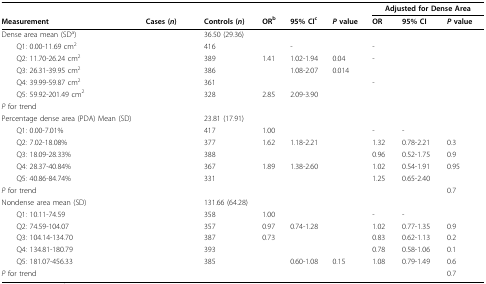
<table><thead><tr><td>[EMPTY_CELL]</td><td>[EMPTY_CELL]</td><td>[EMPTY_CELL]</td><td>[EMPTY_CELL]</td><td>[EMPTY_CELL]</td><td>[EMPTY_CELL]</td><td colspan="3"><b>Adjusted for Dense Area</b></td></tr><tr><td><b>Measurement</b></td><td><b>Cases (<i>n</i>)</b></td><td><b>Controls (<i>n</i>)</b></td><td><b>OR<sup>b</sup></b></td><td><b>95% CI<sup>c</sup></b></td><td><b><i>P </i>value</b></td><td><b>OR</b></td><td><b>95% CI</b></td><td><b><i>P </i>value</b></td></tr></thead><tbody><tr><td>Dense area mean (SD<sup>a</sup>)</td><td>[EMPTY_CELL]</td><td>36.50 (29.36)</td><td>[EMPTY_CELL]</td><td>[EMPTY_CELL]</td><td>[EMPTY_CELL]</td><td>[EMPTY_CELL]</td><td>[EMPTY_CELL]</td><td>[EMPTY_CELL]</td></tr><tr><td> Q1: 0.00-11.69 cm<sup>2</sup></td><td>[EMPTY_CELL]</td><td>416</td><td>[EMPTY_CELL]</td><td>-</td><td>[EMPTY_CELL]</td><td>-</td><td>[EMPTY_CELL]</td><td>[EMPTY_CELL]</td></tr><tr><td> Q2: 11.70-26.24 cm<sup>2</sup></td><td>[EMPTY_CELL]</td><td>389</td><td>1.41</td><td>1.02-1.94</td><td>0.04</td><td>-</td><td>[EMPTY_CELL]</td><td>[EMPTY_CELL]</td></tr><tr><td> Q3: 26.31-39.95 cm<sup>2</sup></td><td>[EMPTY_CELL]</td><td>386</td><td>[EMPTY_CELL]</td><td>1.08-2.07</td><td>0.014</td><td>[EMPTY_CELL]</td><td>[EMPTY_CELL]</td><td>[EMPTY_CELL]</td></tr><tr><td> Q4: 39.99-59.87 cm<sup>2</sup></td><td>[EMPTY_CELL]</td><td>361</td><td>[EMPTY_CELL]</td><td>[EMPTY_CELL]</td><td>[EMPTY_CELL]</td><td>-</td><td>[EMPTY_CELL]</td><td>[EMPTY_CELL]</td></tr><tr><td> Q5: 59.92-201.49 cm<sup>2</sup></td><td>[EMPTY_CELL]</td><td>328</td><td>2.85</td><td>2.09-3.90</td><td>[EMPTY_CELL]</td><td>[EMPTY_CELL]</td><td>[EMPTY_CELL]</td><td>[EMPTY_CELL]</td></tr><tr><td><i>P </i>for trend</td><td>[EMPTY_CELL]</td><td>[EMPTY_CELL]</td><td>[EMPTY_CELL]</td><td>[EMPTY_CELL]</td><td>[EMPTY_CELL]</td><td>[EMPTY_CELL]</td><td>[EMPTY_CELL]</td><td>[EMPTY_CELL]</td></tr><tr><td>Percentage dense area (PDA) Mean (SD)</td><td>[EMPTY_CELL]</td><td>23.81 (17.91)</td><td>[EMPTY_CELL]</td><td>[EMPTY_CELL]</td><td>[EMPTY_CELL]</td><td>[EMPTY_CELL]</td><td>[EMPTY_CELL]</td><td>[EMPTY_CELL]</td></tr><tr><td> Q1: 0.00-7.01%</td><td>[EMPTY_CELL]</td><td>417</td><td>1.00</td><td>[EMPTY_CELL]</td><td>[EMPTY_CELL]</td><td>-</td><td>-</td><td>[EMPTY_CELL]</td></tr><tr><td> Q2: 7.02-18.08%</td><td>[EMPTY_CELL]</td><td>377</td><td>1.62</td><td>1.18-2.21</td><td>[EMPTY_CELL]</td><td>1.32</td><td>0.78-2.21</td><td>0.3</td></tr><tr><td> Q3: 18.09-28.33%</td><td>[EMPTY_CELL]</td><td>388</td><td>[EMPTY_CELL]</td><td>[EMPTY_CELL]</td><td>[EMPTY_CELL]</td><td>0.96</td><td>0.52-1.75</td><td>0.9</td></tr><tr><td> Q4: 28.37-40.84%</td><td>[EMPTY_CELL]</td><td>367</td><td>1.89</td><td>1.38-2.60</td><td>[EMPTY_CELL]</td><td>1.02</td><td>0.54-1.91</td><td>0.95</td></tr><tr><td> Q5: 40.86-84.74%</td><td>[EMPTY_CELL]</td><td>331</td><td>[EMPTY_CELL]</td><td>[EMPTY_CELL]</td><td>[EMPTY_CELL]</td><td>1.25</td><td>0.65-2.40</td><td>[EMPTY_CELL]</td></tr><tr><td><i>P </i>for trend</td><td>[EMPTY_CELL]</td><td>[EMPTY_CELL]</td><td>[EMPTY_CELL]</td><td>[EMPTY_CELL]</td><td>[EMPTY_CELL]</td><td>[EMPTY_CELL]</td><td>[EMPTY_CELL]</td><td>0.7</td></tr><tr><td>Nondense area mean (SD)</td><td>[EMPTY_CELL]</td><td>131.66 (64.28)</td><td>[EMPTY_CELL]</td><td>[EMPTY_CELL]</td><td>[EMPTY_CELL]</td><td>[EMPTY_CELL]</td><td>[EMPTY_CELL]</td><td>[EMPTY_CELL]</td></tr><tr><td> Q1: 10.11-74.59</td><td>[EMPTY_CELL]</td><td>358</td><td>1.00</td><td>[EMPTY_CELL]</td><td>[EMPTY_CELL]</td><td>-</td><td>-</td><td>[EMPTY_CELL]</td></tr><tr><td> Q2: 74.59-104.07</td><td>[EMPTY_CELL]</td><td>357</td><td>0.97</td><td>0.74-1.28</td><td>[EMPTY_CELL]</td><td>1.02</td><td>0.77-1.35</td><td>0.9</td></tr><tr><td> Q3: 104.14-134.70</td><td>[EMPTY_CELL]</td><td>387</td><td>0.73</td><td>[EMPTY_CELL]</td><td>[EMPTY_CELL]</td><td>0.83</td><td>0.62-1.13</td><td>0.2</td></tr><tr><td> Q4: 134.81-180.79</td><td>[EMPTY_CELL]</td><td>393</td><td>[EMPTY_CELL]</td><td>[EMPTY_CELL]</td><td>[EMPTY_CELL]</td><td>0.78</td><td>0.58-1.06</td><td>0.1</td></tr><tr><td> Q5: 181.07-456.33</td><td>[EMPTY_CELL]</td><td>385</td><td>[EMPTY_CELL]</td><td>0.60-1.08</td><td>0.15</td><td>1.08</td><td>0.79-1.49</td><td>0.6</td></tr><tr><td><i>P </i>for trend</td><td>[EMPTY_CELL]</td><td>[EMPTY_CELL]</td><td>[EMPTY_CELL]</td><td>[EMPTY_CELL]</td><td>[EMPTY_CELL]</td><td>[EMPTY_CELL]</td><td>[EMPTY_CELL]</td><td>0.7</td></tr></tbody></table>